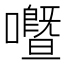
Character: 𡃢